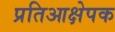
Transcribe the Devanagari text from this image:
प्रतिआक्षेपक